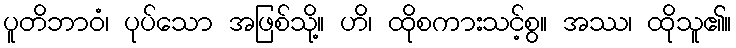
ပူတိဘာဝံ၊ ပုပ်သော အဖြစ်သို့။ ဟိ၊ ထိုစကားသင့်စွ။ အဿ၊ ထိုသူ၏။